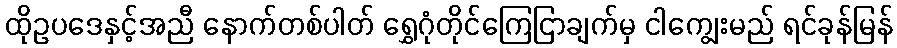
ထိုဥပဒေနှင့်အညီ နောက်တစ်ပါတ် ရွှေဂုံတိုင်ကြေငြာချက်မှ ငါကျွေးမည် ရင်ခုန်မြန်